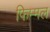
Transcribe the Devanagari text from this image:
फिम्मल